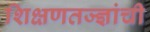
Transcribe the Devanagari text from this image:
शिक्षणतज्ज्ञांची